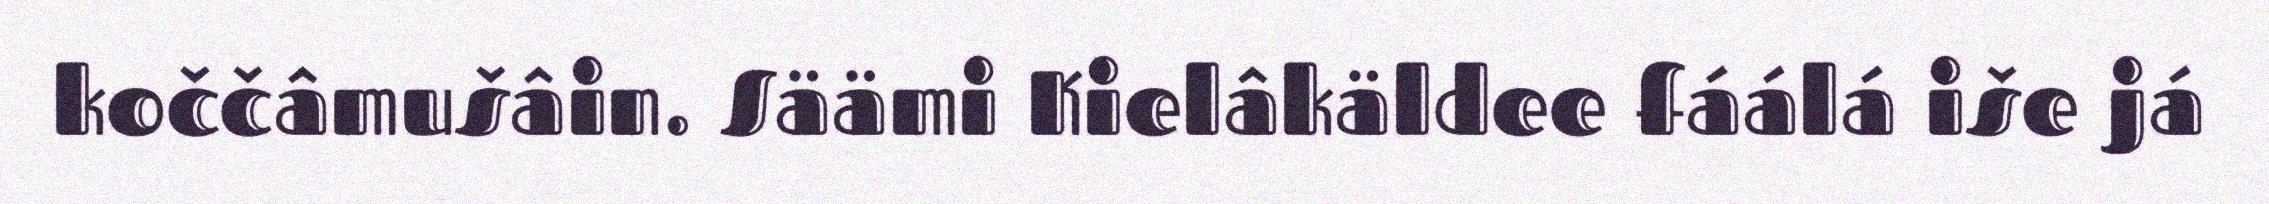
koččâmušâin. Säämi Kielâkäldee fáálá iše já